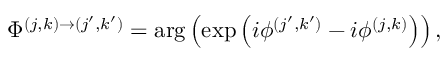
\begin{array} { r } { \Phi ^ { ( j , k ) \rightarrow ( j ^ { \prime } , k ^ { \prime } ) } = \mathrm { a r g } \left( \mathrm { e x p } \left( i \phi ^ { ( j ^ { \prime } , k ^ { \prime } ) } - i \phi ^ { ( j , k ) } \right) \right) , } \end{array}